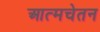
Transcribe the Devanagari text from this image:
आत्मचेतन